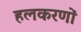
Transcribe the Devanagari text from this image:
हलकरणों